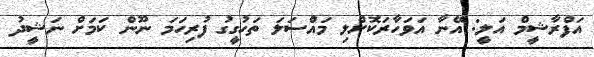
އަފްރާޝީމް އަލީ: އޭނާ އަވަހާރަކޮށްލި މައްސަލަ ތަހުގީގު ފުރިހަމަ ނޫން ކަމަށް ނަޝީދު